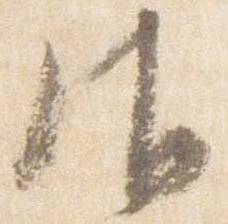
御